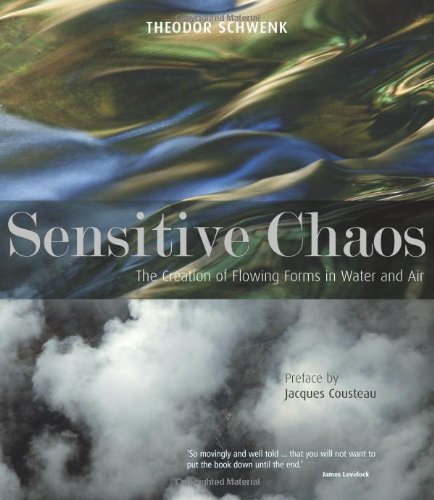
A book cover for Sensitive Chaos: The Creation of Flowing Forms in Water and Air; Theodor Schwenk; Science & Math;